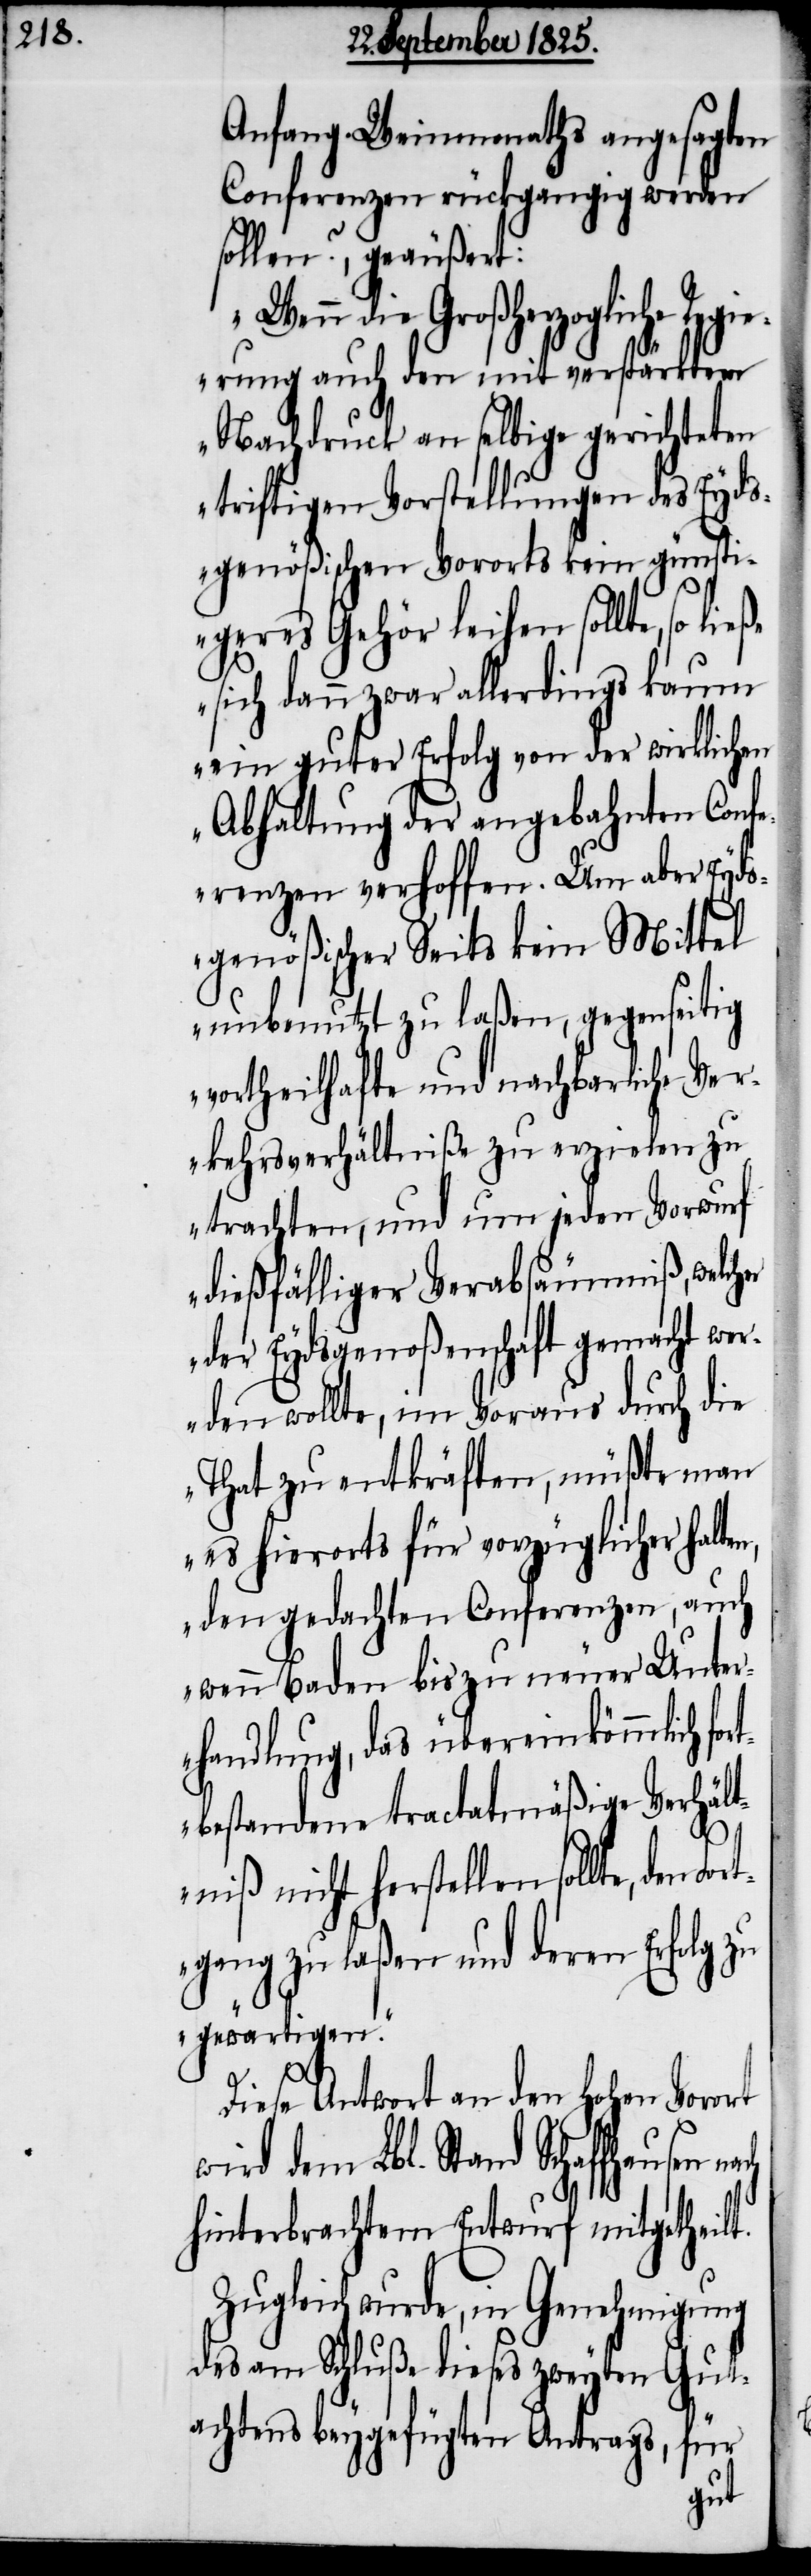
Anfang Weinmonaths angesagt¬
Conferenzen rückgängig werden
sollen?, geäußert:
„Wenn die Großherzogliche Reg¬
ierung auch den mit verstärktem
Nachdruck an selbige gerichteten
triftigen Vorstellungen des Eyds¬
genößischen Vororts kein günsti¬
geres Gehör leihen sollte, so
sich dann zwar allerdings kaum
ein guter Erfolg von der wirklichen
Abhaltung der angebahnten Confe¬
renzen verhoffen. Um aber Eyds¬
genößischer Seits kein Mittel
unbenutzt zu laßen, gegenseitig
vortheilhafte und nachbarliche Ver¬
kehrsverhältniße zu erzielen zu
trachten, und um jeden Vorwurf
dießfälliger Verabsäumniß, welch¬
der Eydsgenoßenschaft gemacht wer¬
den wollte, im Voraus durch die
That zu entkräften, müßte man
es hierorts für vorzüglicher halt¬
den gedachten Conferenzen, auch
wenn Baden bis zu neuer Unter¬
handlung, das übereinkömmlich fo¬
rtbestandene tractatmäßige Verhält¬
en,
niß nicht herstellen sollte, den
gang zu laßen und deren Erfolg zu
gewärtigen“.
Diese Antwort an den hohen Vorort
wird dem Lbl. Stand Schaffhausen
hinterbrachtem Entwurf mitgetheilt.
Zugleich wurde, in Genehmigung
des am Schluße dieses zweyten Gut¬
achtens beygefügten Antrags, für
Fort¬